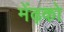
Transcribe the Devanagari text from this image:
मेंढ़को